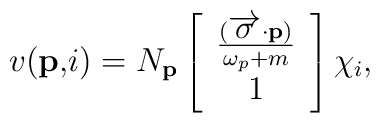
v(\mathbf{p,}i)=N_{\mathbf{p}}\left[ \begin{array}{c}\frac{(\overrightarrow{\mathbf{\sigma }}\mathbf{\cdot p})}{\omega _{p}+m} \\ 1\end{array}\right] \chi _{i},